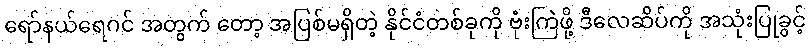
ရော်နယ်ရေဂင် အတွက် တော့ အပြစ်မရှိတဲ့ နိုင်ငံတစ်ခုကို ဗုံးကြဲဖို့ ဒီလေဆိပ်ကို အသုံးပြုခွင့်